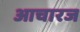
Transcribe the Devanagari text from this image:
आचारज